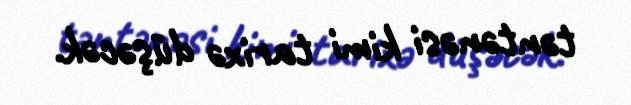
təntənəsi kimi tarixə düşəcək.